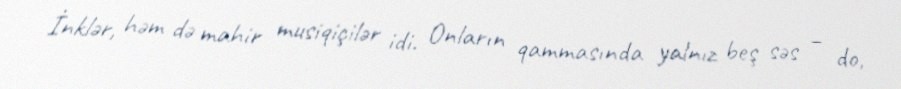
İnklər, həm də mahir musiqiçilər idi. Onların qammasında yalnız beş səs – do,